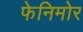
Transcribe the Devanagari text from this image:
फेनिमोर